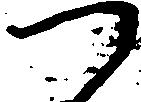
つ